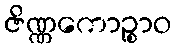
ဇိဏ္ဏကောဉ္စာဝ